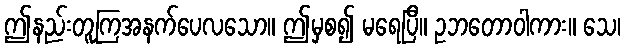
ဤနည်းတူကြအနက်ပေလသော။ ဤမှစ၍ မရေပြီ။ ဥဘတောဝါကား။ သေ၊